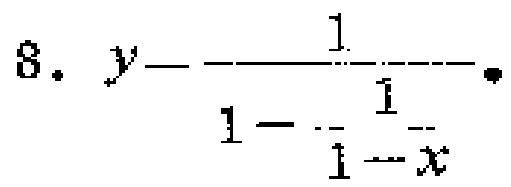
$8.\ y - \frac{1}{1 - \frac{1}{1 - x}}$